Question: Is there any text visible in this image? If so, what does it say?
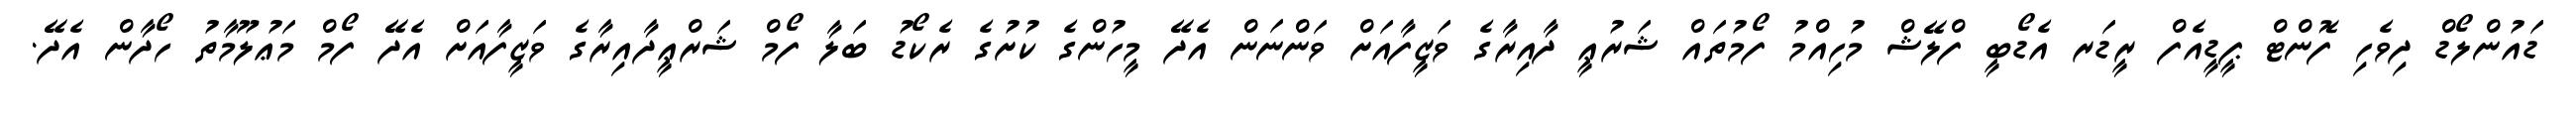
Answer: ޑައުންލޯޑް ދިވެހި ފޮންޓް ޕީޑީއެފް ރީޑަރ އެޑޯބީ ފްލޭޝް މުހިއްމު ފޯމުތައް ޝަރުޢީ ދާއިރާގެ ވަޒީފާއަށް ވަންނަން އެދޭ މީހުންގެ ކުށުގެ ރެކޯޑު ބަލާ ފޯމް ޝަރްޢީދާއިރާގެ ވަޒީފާއަށް އެދޭ ފޯމް މަޢުލޫމާތު ހޯދާން އެދޭ.